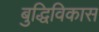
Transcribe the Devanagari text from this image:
बुद्धिविकास